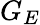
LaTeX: G_{E}